Scottish Certificate of Education, 1963
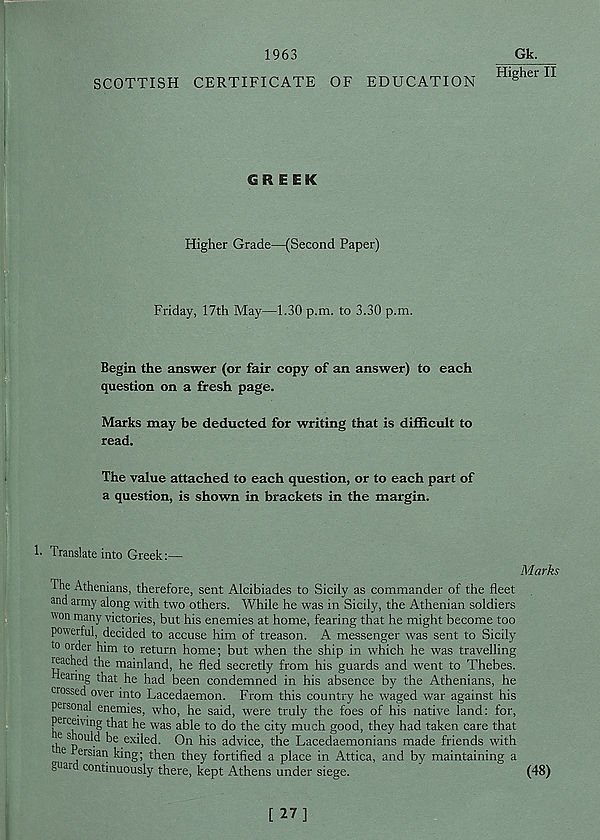
1963
SCOTTISH CERTIFICATE OF EDUCATION
Gk.
Higher II
GREEK
Higher Grade—(Second Paper)
Friday, 17th May—1.30 p.m. to 3.30 p.m.
Begin the answer (or fair copy of an answer) to each
question on a fresh page.
Marks may be deducted for writing that is difficult to
read.
The value attached to each question, or to each part of
a question, is shown in brackets in the margin.
h translate into Greek
The Athenians, therefore, sent Alcibiades to Sicily as commander of the fleet
and army along with two others. While he was in Sicily, the Athenian soldiers
won many victories, but his enemies at home, fearing that he might become too
powerful, decided to accuse him of treason. A messenger was sent to Sicily
to order him to return home; but when the ship in which he was travelling
reached the mainland, he fled secretly from his guards and went to Thebes,
hearing that he had been condemned in his absence by the Athenians, he
crossed over into Lacedaemon. From this country he waged war against his
personal enemies, who, he said, were truly the foes of his native land: for,
perceiving that he was able to do the city much good, they had taken care that
th S p°U^ b e , ex iled. On his advice, the Lacedaemonians made friends with
e Persian king; then they fortified a place in Attica, and by maintaining a
guar continuously there, kept Athens under siege.
(48)
[ 27]